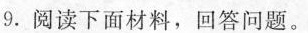
9.阅读下面材料，回答问题。